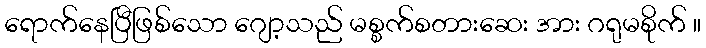
ရောက်နေပြီဖြစ်သော ဂျော့သည် မစ္စက်စတားဆေး အား ဂရုမစိုက် ။